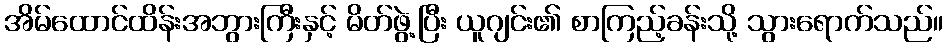
အိမ်ထောင်ထိန်းအဘွားကြီးနှင့် မိတ်ဖွဲ့ပြီး ယူဂျင်း၏ စာကြည့်ခန်းသို့ သွားရောက်သည်။